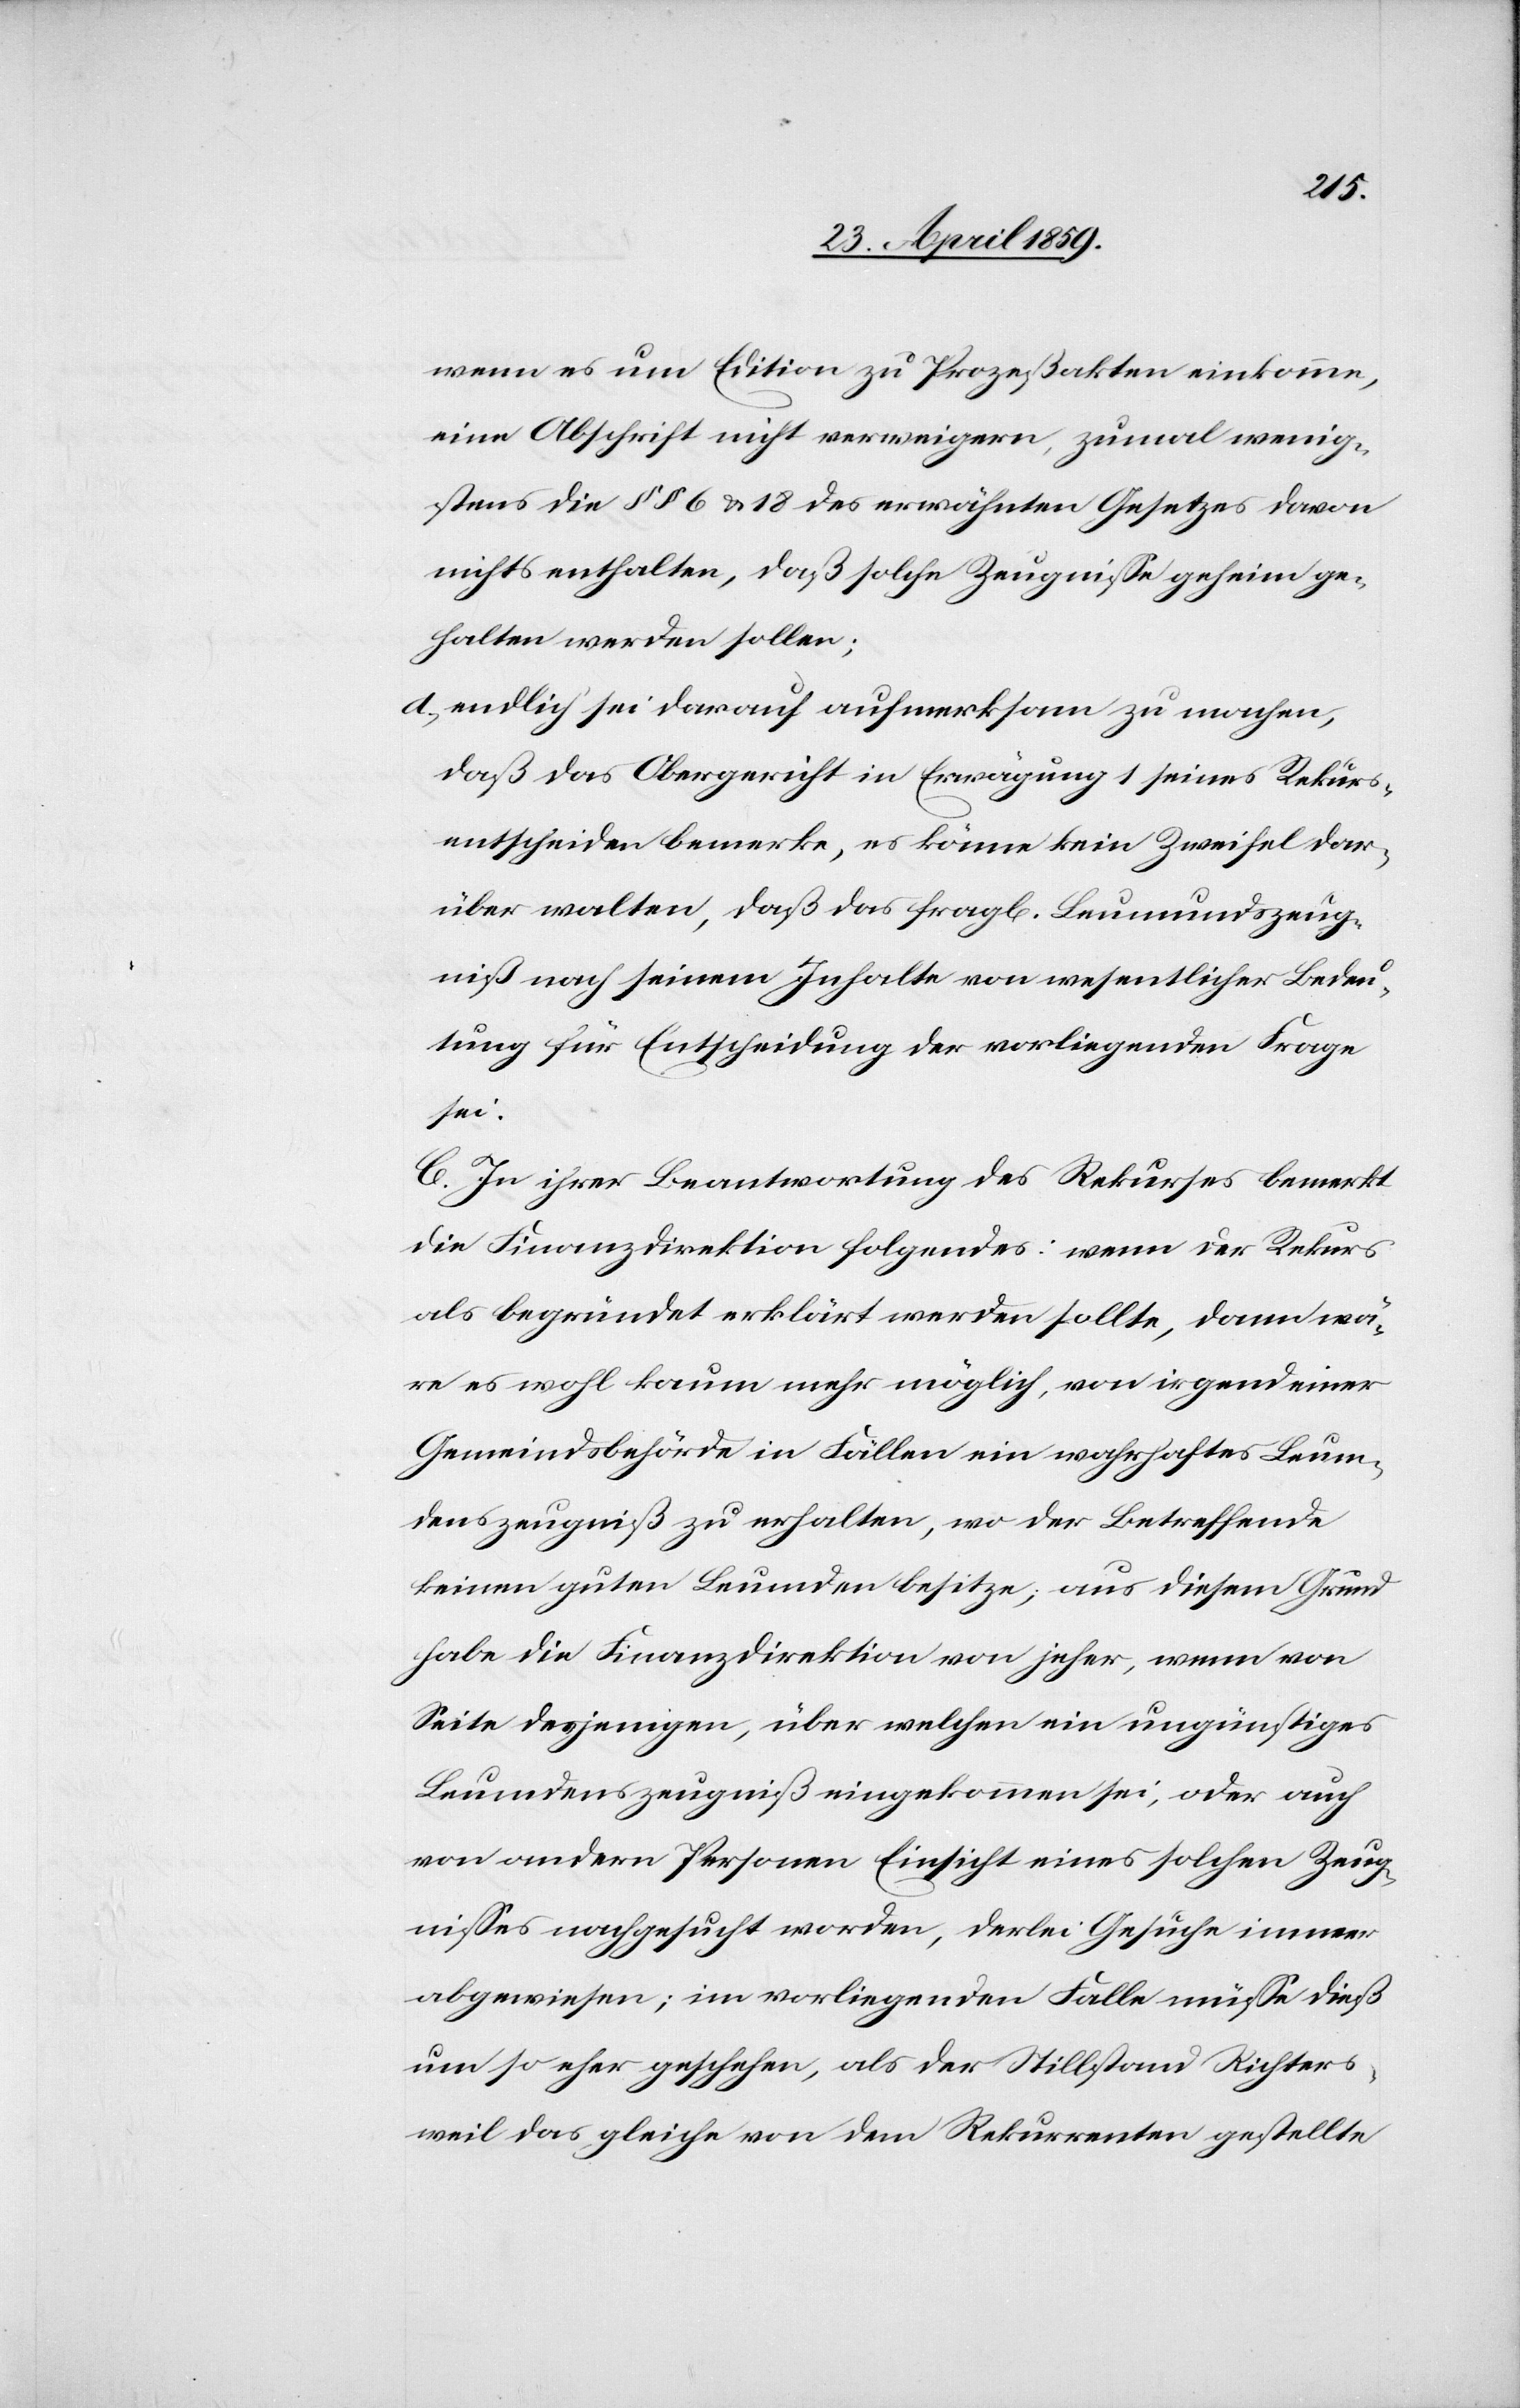
wenn es um Edition zu Prozeßakten einkomme,
eine Abschrift nicht verweigern, zumal wenig¬
stens die § § 6 & 18 des erwähnten Gesetzes davon
nichts enthalten, daß solche Zeugniße geheim ge¬
halten werden sollen;
d) endlich sei darauf aufmerksam zu machen,
daß das Obergericht in Erwägung 1 seines Rekurs¬
entscheiden bemerke, es könne kein Zweifel dar¬
über walten, daß das fragl. Leumundszeug¬
niß nach seinem Inhalte von wesentlicher Bedeu¬
tung für Entscheidung der vorliegenden Frage
sei.
C. In ihrer Beantwortung des Rekurses bemerkt
die Finanzdirektion folgendes: wenn der Rekurs
als begründet erklärt werden sollte, dann wä¬
re es wohl kaum mehr möglich, von irgend einer
Gemeindsbehörde in Fällen ein wahrhaftes Leum¬
denszeugniß zu erhalten, wo der Betreffende
keinen guten Leumden besitze; aus diesem Grund
habe die Finanzdirektion von jeher, wenn von
Seite desjenigen, über welchen ein ungünstiges
Leumdenszeugniß eingekommen sei, oder auch
von andern Personen Einsicht eines solchen Zeug¬
nißes nachgesucht worden, derlei Gesuche immer
abgewiesen; im vorliegenden Falle müße dieß
um so eher geschehen, als der Stillstand Richters¬
weil das gleiche von dem Rekurrenten gestellte